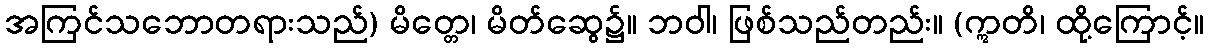
အကြင်သဘောတရားသည်) မိတ္တေ၊ မိတ်ဆွေ၌။ ဘဝါ၊ ဖြစ်သည်တည်း။ (ဣတိ၊ ထို့ကြောင့်။